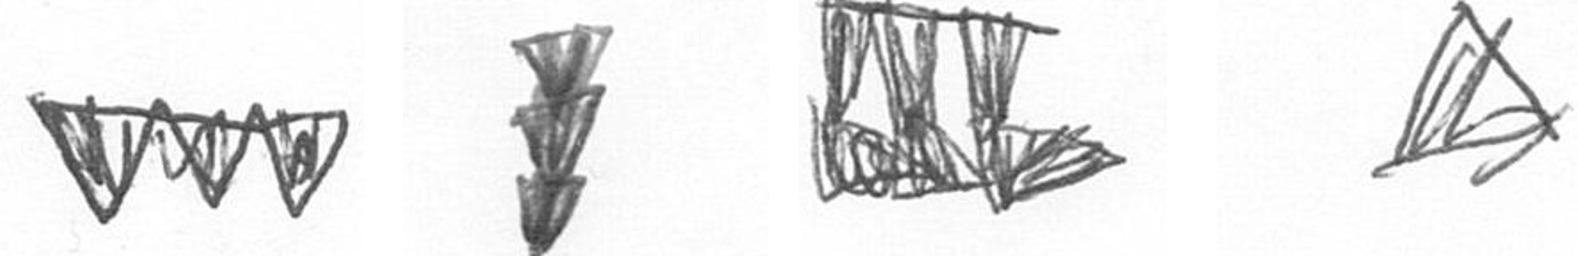
L E D O